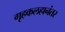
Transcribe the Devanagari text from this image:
गृहकलहानंतर